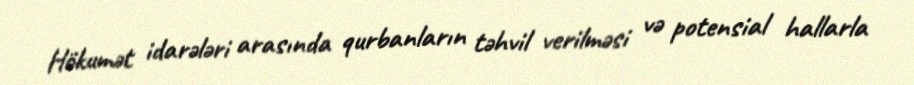
Hökumət idarələri arasında qurbanların təhvil verilməsi və potensial hallarla